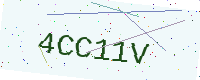
Text: 4CC11V